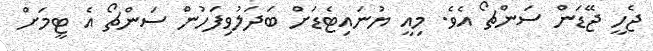
ޖެހީ ޖޭޑަން ސަންޗޯ އެވެ. މިއީ ޔުނައިޓެޑަށް ބަދަލުވިފަހުން ސަންޗޯ އެ ޓީމަށް